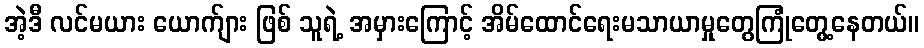
အဲ့ဒီ လင်မယား ယောက်ျား ဖြစ် သူရဲ့ အမှားကြောင့် အိမ်ထောင်ရေးမသာယာမှုတွေကြုံတွေ့နေတယ်။